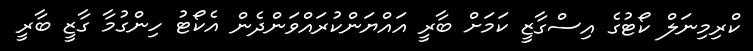
ކްރިމިނަލް ކޯޓުގެ އިސްގާޒީ ކަމަށް ބާރީ އައްޔަންކުރައްވަންދެން އެކޯޓު ހިންގުމާ ގާޒީ ބާރީ